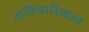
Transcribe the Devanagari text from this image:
अविचारिकता